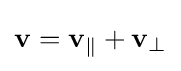
\mathbf {v} =\mathbf {v} _{\Vert }+\mathbf {v} _{\perp }